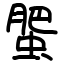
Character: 蜰